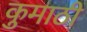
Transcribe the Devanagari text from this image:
कुमाठी